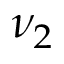
\nu _ { 2 }